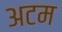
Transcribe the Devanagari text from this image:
अटम